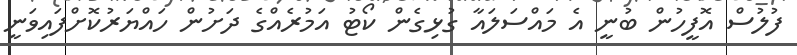
ފުލުސް އޮފީހުން ބުނީ އެ މައްސަލައާ ގުޅިގެން ކޯޓު އަމުރެއްގެ ދަށުން ހައްޔަރުކޮށްފައިވަނީ